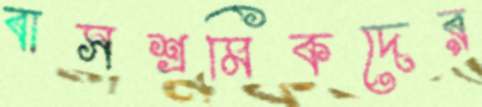
বাসশ্রমিকদের